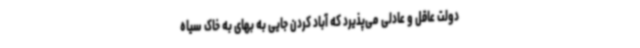
دولت عاقل و عادلی می‌پذیرد که آباد کردن جایی به بهای به خاک سیاه